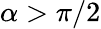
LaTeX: \alpha>\pi/2